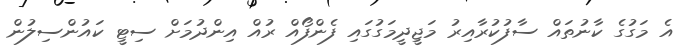
އެ މަގުގެ ކާނުތައް ސާފުކުރާއިރު މަޖީދީމަގުގައި ފެންފޯއް ރުއް އިންދުމަށް ސިޓީ ކައުންސިލުން